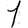
Digit: 1